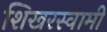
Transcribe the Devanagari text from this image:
शिखरस्वामी